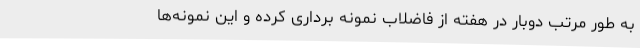
به طور مرتب دوبار در هفته از فاضلاب نمونه برداری کرده و این نمونه‌ها